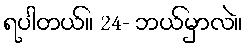
ရပါတယ်။ 24- ဘယ်မှာလဲ။